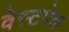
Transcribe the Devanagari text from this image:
वेस्टपेक